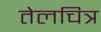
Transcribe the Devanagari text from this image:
तेलचित्र